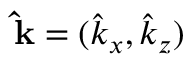
\mathbf { \hat { k } } = ( \hat { k } _ { x } , \hat { k } _ { z } )